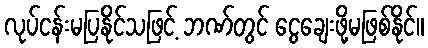
လုပ်ငန်းမပြနိုင်သဖြင့် ဘဏ်တွင် ငွေချေးဖို့မဖြစ်နိုင်။